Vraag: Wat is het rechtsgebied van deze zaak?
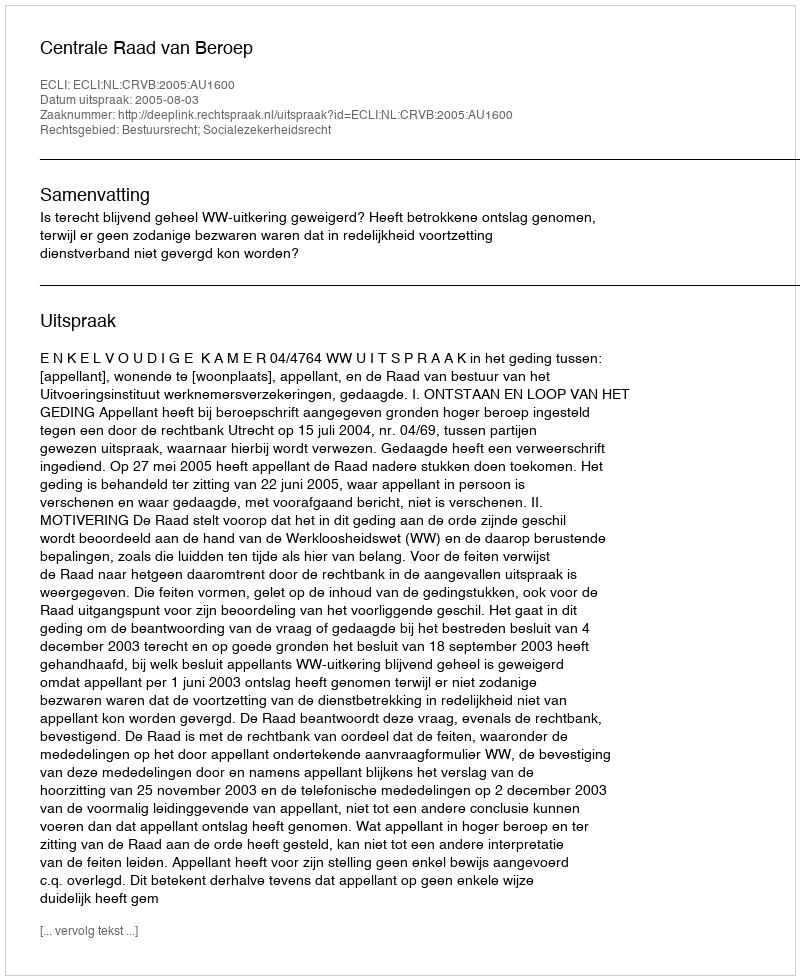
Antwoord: Bestuursrecht; Socialezekerheidsrecht